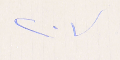
٢٠٧